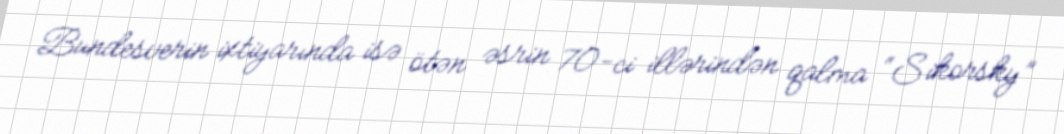
Bundesverin ixtiyarında isə ötən əsrin 70-ci illərindən qalma “Sikorsky”